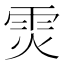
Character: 𮦉